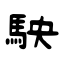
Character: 駚